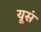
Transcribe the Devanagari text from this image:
यूसं